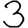
Digit: 3